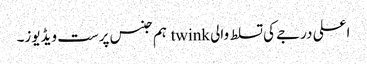
اعلی درجے کی تسلط والی twink ہم جنس پرست ویڈیوز۔